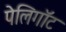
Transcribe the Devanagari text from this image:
पेलिगॉट